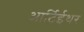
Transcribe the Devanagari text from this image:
आर्टिईथर